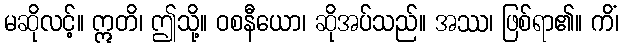
မဆိုလင့်။ ဣတိ၊ ဤသို့။ ဝစနီယော၊ ဆိုအပ်သည်။ အဿ၊ ဖြစ်ရာ၏။ ကိံ၊